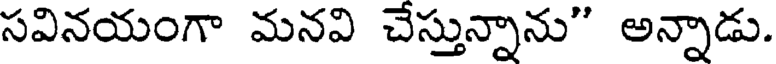
సవినయంగా మనవి చేస్తున్నాను" అన్నాడు.